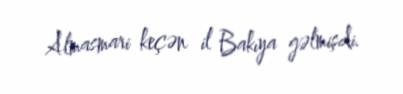
Almasmari keçən il Bakıya gəlmişdi.